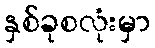
နှစ်ခုစလုံးမှာ